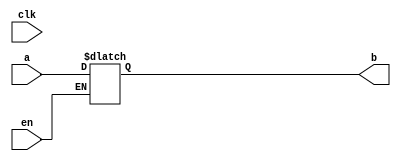
// This program was cloned from: https://github.com/efabless/openlane2-step-unit-tests
// License: Apache License 2.0

module latch_bad(input clk, input a, input en, output b);

reg v;

always @ *
    if (en)
        v <= a;

assign b = v;

endmodule